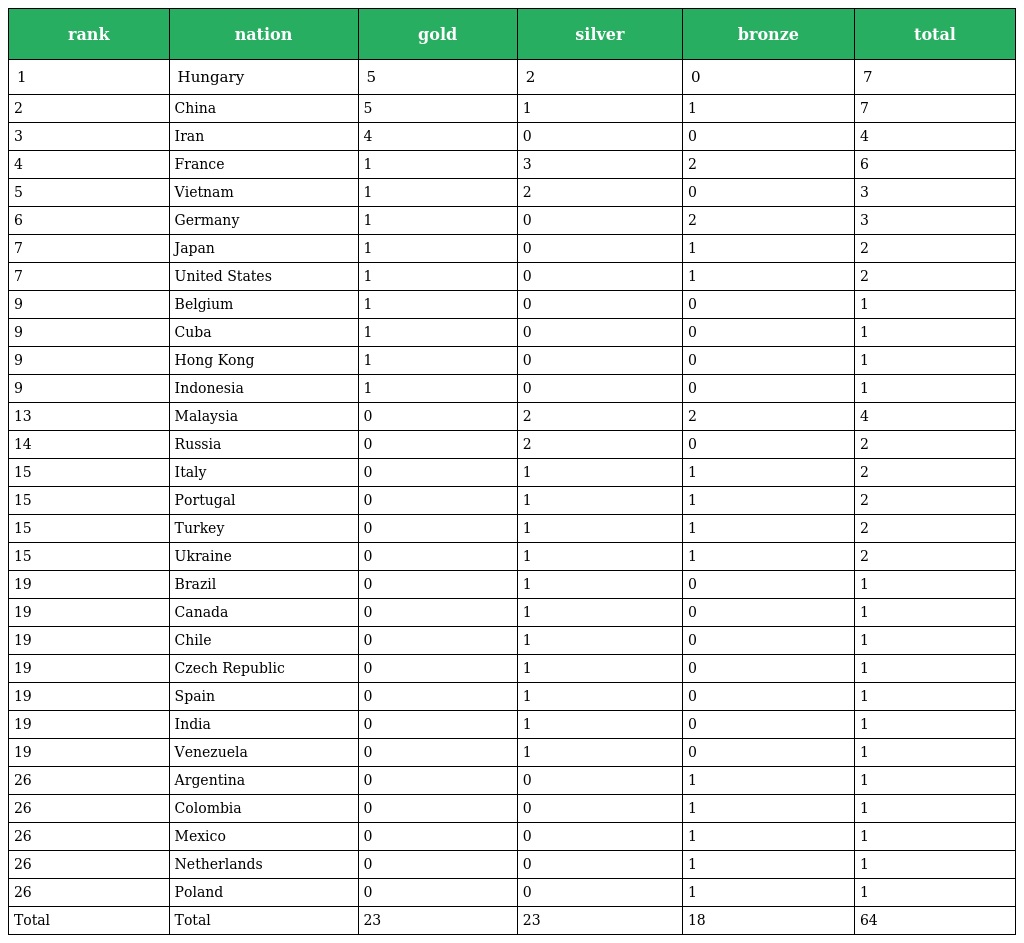
| rank | nation | gold | silver | bronze | total |
 | --- | --- | --- | --- | --- | --- |
 | 1 | Hungary | 5 | 2 | 0 | 7 |
 | 2 | China | 5 | 1 | 1 | 7 |
 | 3 | Iran | 4 | 0 | 0 | 4 |
 | 4 | France | 1 | 3 | 2 | 6 |
 | 5 | Vietnam | 1 | 2 | 0 | 3 |
 | 6 | Germany | 1 | 0 | 2 | 3 |
 | 7 | Japan | 1 | 0 | 1 | 2 |
 | 7 | United States | 1 | 0 | 1 | 2 |
 | 9 | Belgium | 1 | 0 | 0 | 1 |
 | 9 | Cuba | 1 | 0 | 0 | 1 |
 | 9 | Hong Kong | 1 | 0 | 0 | 1 |
 | 9 | Indonesia | 1 | 0 | 0 | 1 |
 | 13 | Malaysia | 0 | 2 | 2 | 4 |
 | 14 | Russia | 0 | 2 | 0 | 2 |
 | 15 | Italy | 0 | 1 | 1 | 2 |
 | 15 | Portugal | 0 | 1 | 1 | 2 |
 | 15 | Turkey | 0 | 1 | 1 | 2 |
 | 15 | Ukraine | 0 | 1 | 1 | 2 |
 | 19 | Brazil | 0 | 1 | 0 | 1 |
 | 19 | Canada | 0 | 1 | 0 | 1 |
 | 19 | Chile | 0 | 1 | 0 | 1 |
 | 19 | Czech Republic | 0 | 1 | 0 | 1 |
 | 19 | Spain | 0 | 1 | 0 | 1 |
 | 19 | India | 0 | 1 | 0 | 1 |
 | 19 | Venezuela | 0 | 1 | 0 | 1 |
 | 26 | Argentina | 0 | 0 | 1 | 1 |
 | 26 | Colombia | 0 | 0 | 1 | 1 |
 | 26 | Mexico | 0 | 0 | 1 | 1 |
 | 26 | Netherlands | 0 | 0 | 1 | 1 |
 | 26 | Poland | 0 | 0 | 1 | 1 |
 | Total | Total | 23 | 23 | 18 | 64 |